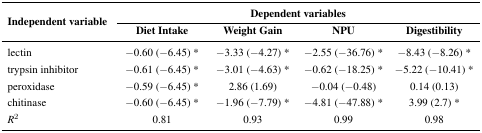
| <ROWSPAN=2> Independent variable | <COLSPAN=4> Dependent variables |
 | Diet Intake | Weight Gain | NPU | Digestibility |
 | --- | --- | --- | --- | --- |
 | lectin | −0.60 (−6.45) * | −3.33 (−4.27) * | −2.55 (−36.76) * | −8.43 (−8.26) * |
 | trypsin inhibitor | −0.61 (−6.45) * | −3.01 (−4.63) * | −0.62 (−18.25) * | −5.22 (−10.41) * |
 | peroxidase | −0.59 (−6.45) * | 2.86 (1.69) | −0.04 (−0.48) | 0.14 (0.13) |
 | chitinase | −0.60 (−6.45) * | −1.96 (−7.79) * | −4.81 (−47.88) * | 3.99 (2.7) * |
 | R2 | 0.81 | 0.93 | 0.99 | 0.98 |